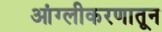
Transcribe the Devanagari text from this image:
आंग्लीकरणातून